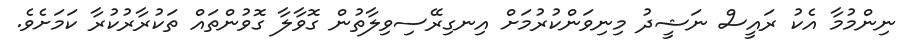
ނިންމުމާ އެކު ރައީސް ނަޝީދު މިނިވަންކުރުމަށް އިނގިރޭސިވިލާތުން ގޮވާލާ ގޮވުންތައް ތަކުރާރުކުރާ ކަމަށެވެ.